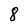
Character: 8